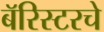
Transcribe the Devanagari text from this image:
बॅरिस्टरचे